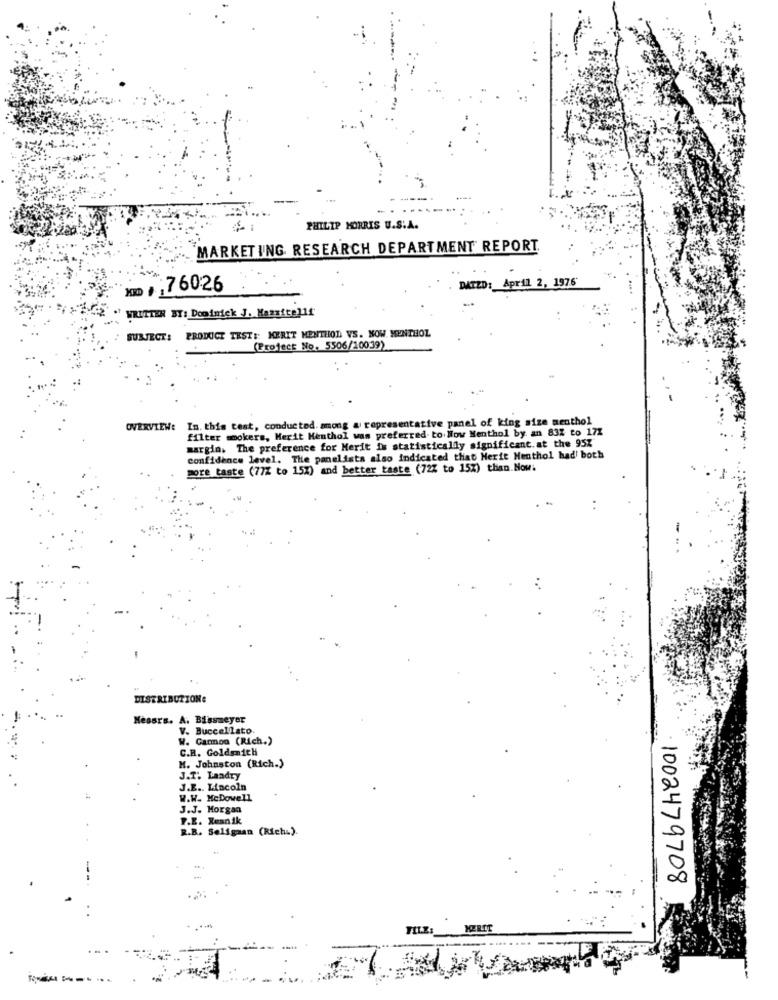
PHILIP MORRIS U.S.A.
MARKETING RESEARCH DEPARTMENT REPORT.
DATZD: April 2, 1976
km , ; 760.26
WRITTEN BY: Dominick J. Mazzitelli
SUBJECT: PRODUCT TEST :: MERIT MENTHOL VS. NOW. MENTHOL
(Project No. 5506/10039)
In. this test, conducted. among a representative panel of king size menthol
OVERVIEW:
filter smokers, Merit Menthol was preferred to How Menthol by an 83% to 171
margin. The preference for Herit is statistically significant. at the 95%
confidence level. The panelists also indicated that Herit Menthol had' both
more taste (77% to 15%) and better taste (72% to 15%) than. Now:
DISTRIBUTION:
Kesars. A. Bissmeyer
V. Buccellato.
W. Garmon (Rich.)
C.R. Goldsmith
M. Johnston (Rich.)
J.T. Landry
J.E .. Lincoln
W.W. McDowell
J.J. Morgan
P.E. Resnik
R.B. Seligaan (Richi).
1002479708
TILL: